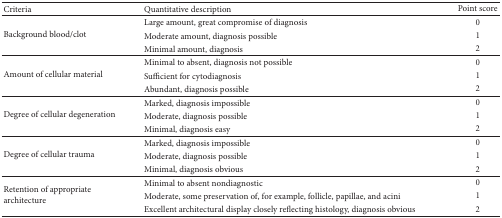
<table><thead><tr><td><b>Criteria</b></td><td><b>Quantitative description</b></td><td><b>Point score</b></td></tr></thead><tbody><tr><td rowspan="3">Background blood/clot</td><td>Large amount, great compromise of diagnosis</td><td>0</td></tr><tr><td>Moderate amount, diagnosis possible</td><td>1</td></tr><tr><td>Minimal amount, diagnosis</td><td>2</td></tr><tr><td rowspan="3">Amount of cellular material</td><td>Minimal to absent, diagnosis not possible</td><td>0</td></tr><tr><td>Sufficient for cytodiagnosis</td><td>1</td></tr><tr><td>Abundant, diagnosis possible</td><td>2</td></tr><tr><td rowspan="3">Degree of cellular degeneration</td><td>Marked, diagnosis impossible</td><td>0</td></tr><tr><td>Moderate, diagnosis possible</td><td>1</td></tr><tr><td>Minimal, diagnosis easy</td><td>2</td></tr><tr><td rowspan="3">Degree of cellular trauma</td><td>Marked, diagnosis impossible</td><td>0</td></tr><tr><td>Moderate, diagnosis possible</td><td>1</td></tr><tr><td>Minimal, diagnosis obvious</td><td>2</td></tr><tr><td rowspan="3">Retention of appropriate architecture</td><td>Minimal to absent nondiagnostic</td><td>0</td></tr><tr><td>Moderate, some preservation of, for example, follicle, papillae, and acini </td><td>1</td></tr><tr><td>Excellent architectural display closely reflecting histology, diagnosis obvious</td><td>2</td></tr></tbody></table>